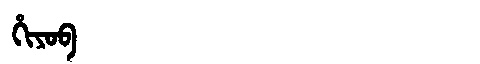
Manchu: ᡥᡳᠶᠣᠪ
Romanization: HIYOB